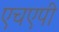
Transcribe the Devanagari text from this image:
एचएपी